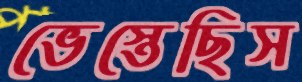
ভেস্তেছিস